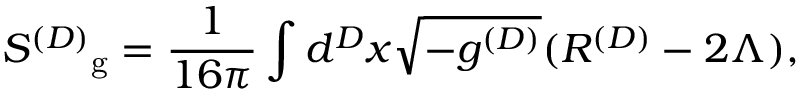
{ S ^ { ( D ) } } _ { \mathrm { g } } = \frac { 1 } { 1 6 \pi } \int d ^ { D } x \sqrt { - g ^ { ( D ) } } ( R ^ { ( D ) } - 2 \Lambda ) ,